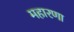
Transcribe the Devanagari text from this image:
महारणा